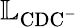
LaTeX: \mathbb{L}_{\mathrm{CDC^{-}}}